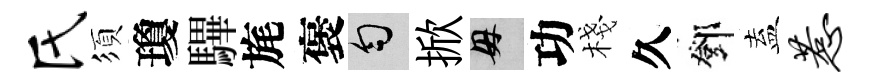
氏須瓊驆旄褒匀掀母功棧久鄧盍惹